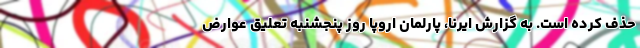
حذف کرده است. به گزارش ایرنا، پارلمان اروپا روز پنجشنبه تعلیق عوارض